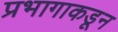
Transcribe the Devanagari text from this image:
प्रभागाकडून